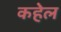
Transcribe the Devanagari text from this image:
कहेल